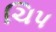
ચિપ